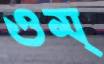
ওম্‌